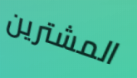
المشترين